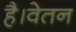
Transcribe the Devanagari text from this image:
है।वेतन